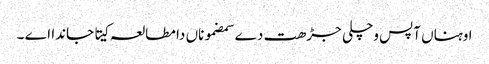
اوہناں آپس وچلی جڑھت دے سمضموناں دا مطالعہ کیتا جاندا اے ۔